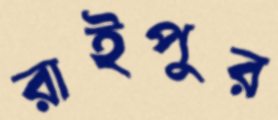
রাইপুর